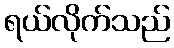
ရယ်လိုက်သည်